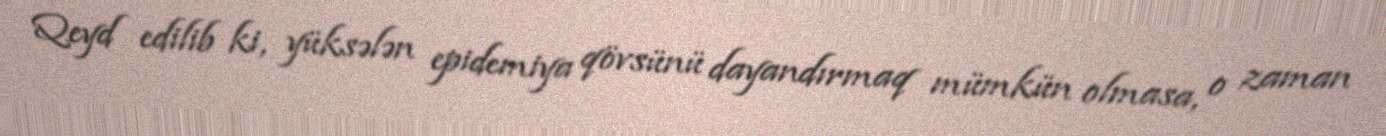
Qeyd edilib ki, yüksələn epidemiya qövsünü dayandırmaq mümkün olmasa, o zaman